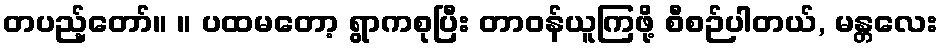
တပည့်တော်။ ။ ပထမတော့ ရွာကစုပြီး တာဝန်ယူကြဖို့ စီစဉ်ပါတယ်, မန္တလေး